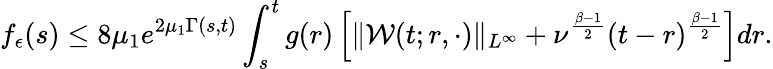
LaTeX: f_{\epsilon}(s)\leq 8\mu_{1}e^{2\mu_{1}\Gamma(s,t)}\int_{s}^{t}g(r)\left[\| \mathcal{W}(t;r,\cdot)\| _{L^{\infty}}+\nu^{\frac{\beta-1}{2}}(t-r)^{\frac{\beta-1}{2}}\right]dr.